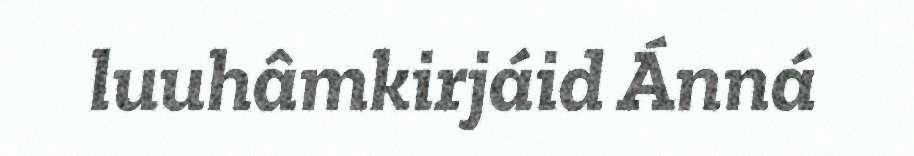
luuhâmkirjáid Ánná